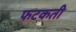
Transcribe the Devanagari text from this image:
फटकती